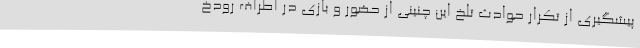
پیشگیری از تکرار حوادث تلخ این چنینی از حضور و بازی در اطراف رودخ